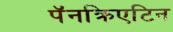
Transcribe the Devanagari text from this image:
पॅनक्रिएटिन